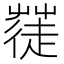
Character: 𮐓